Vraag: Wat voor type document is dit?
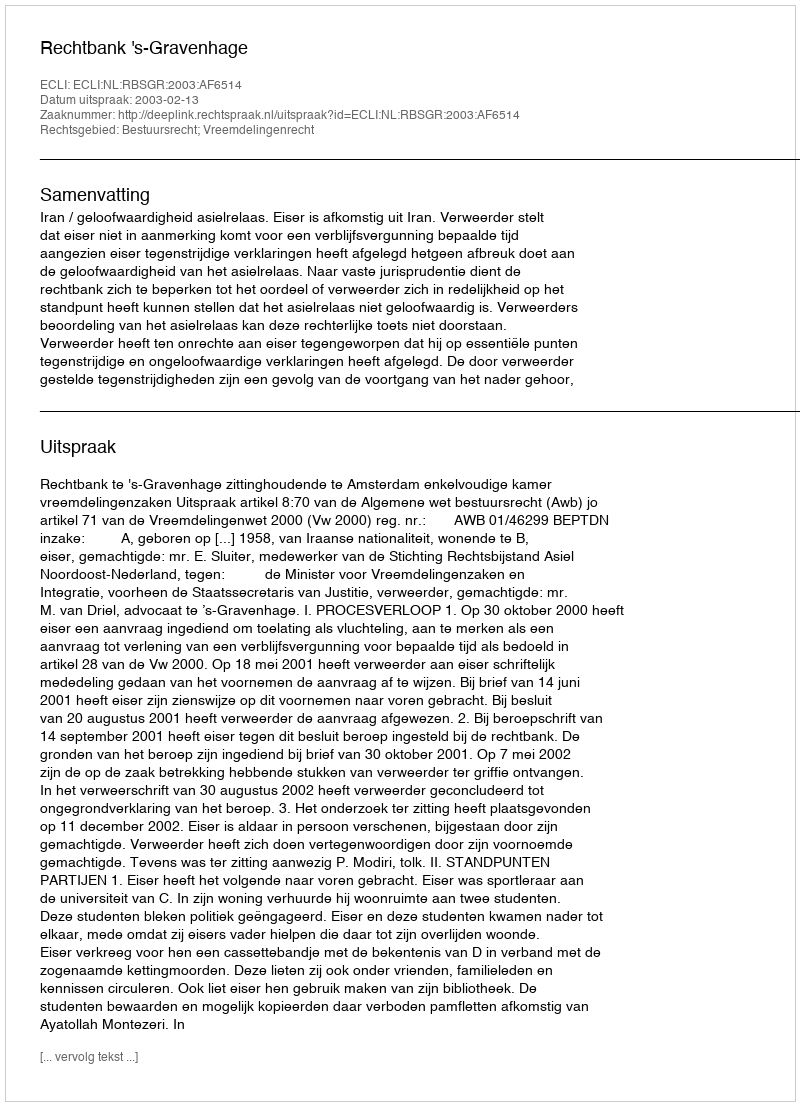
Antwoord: Uitspraak